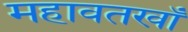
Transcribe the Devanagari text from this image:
महावतखाँ